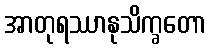
အာတုရဿာနုသိက္ခတော